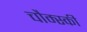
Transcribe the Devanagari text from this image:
चौम्स्की